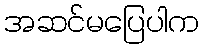
အဆင်မပြေပါက